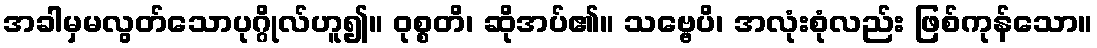
အခါမှမလွတ်သောပုဂ္ဂိုလ်ဟူ၍။ ဝုစ္စတိ၊ ဆိုအပ်၏။ သဗ္ဗေပိ၊ အလုံးစုံလည်း ဖြစ်ကုန်သော။